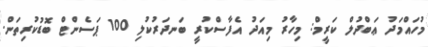
މުހައްމަދު ޢަބްދުލް ކަރީމް: މިހާރު މިއަދު އެފާސްކުރީ ބަނދަރުކުލި 100 ޕަސެންޓް ބޮޑުކުރިތަން.